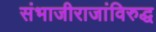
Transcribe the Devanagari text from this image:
संभाजीराजांविरुद्ध